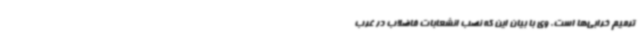
ترمیم خرابی‌ها است. وی با بیان این که نصب انشعابات فاضلاب در غرب